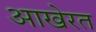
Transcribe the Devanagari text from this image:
आखेरत